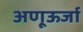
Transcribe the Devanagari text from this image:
अणूऊर्जा